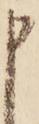
申